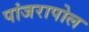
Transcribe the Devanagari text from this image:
पांजरापोल